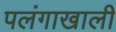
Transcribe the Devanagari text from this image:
पलंगाखाली